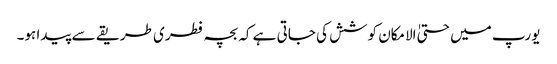
یورپ میں حتیٰ الامکان کوشش کی جاتی ہے کہ بچہ فطری طریقے سے پیدا ہو۔